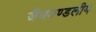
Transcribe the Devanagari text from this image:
जैवमण्डलीय